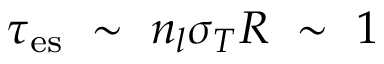
\tau _ { \mathrm { e s } } ~ \sim ~ n _ { l } \sigma _ { T } R ~ \sim ~ 1